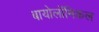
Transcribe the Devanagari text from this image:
बायोलॉमिकल